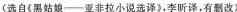
(选自《黑姑娘——亚非拉小说选译)，李昕译，有删改)